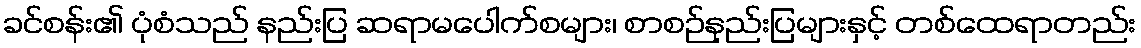
ခင်စန်း၏ ပုံစံသည် နည်းပြ ဆရာမပေါက်စများ၊ စာစဉ်နည်းပြများနှင့် တစ်ထေရာတည်း